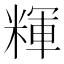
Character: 𰫃